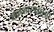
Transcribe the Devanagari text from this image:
मानशास्त्रज्ञांना